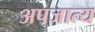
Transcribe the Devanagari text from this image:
अपजात्य